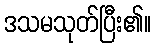
ဒသမသုတ်ပြီး၏။